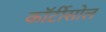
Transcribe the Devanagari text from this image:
कॉर्टीसोल